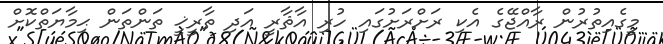
މީގެއިތުރުން ރާއްޖޭގެ އެކި ރަށްރަށުގައި ހުރި އާޘާރީ އަދި ތާރީޚީ ތަންތަން ޙިމާޔަތްކޮށް